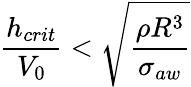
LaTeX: \frac{h_{crit}}{V_{0}}<\sqrt{\frac{{\rho}R^{3}}{{\sigma}_{aw}}}